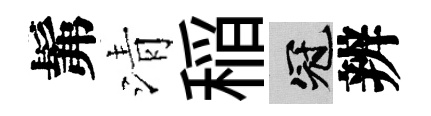
髴清稲冠辨